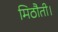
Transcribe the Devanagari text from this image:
मिठौती।